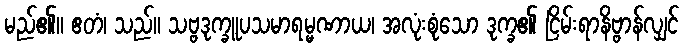
မည်၏။ ဧတံ၊ သည်။ သဗ္ဗဒုက္ခူပသမာရမ္မဏာယ၊ အလုံးစုံသော ဒုက္ခ၏ ငြိမ်းရာနိဗ္ဗာန်လျှင်